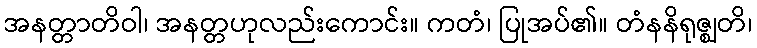
အနတ္တာတိဝါ၊ အနတ္တဟုလည်းကောင်း။ ကတံ၊ ပြုအပ်၏။ တံနနိရုဇ္ဈတိ၊